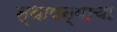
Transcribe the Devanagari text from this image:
स्थापन्याचा